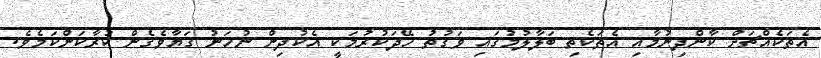
އެތަކެއްޗަށް ކާންދިނުމާއި އެތަކެތި ބަލާލުމުގައި ވަގުތު ހޭދަކުރުމަކީ އެކުދިން ނުހަނު ގަޔާވެގެން ކުރާކަންކަމެވެ.